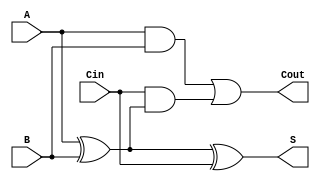
module tree_structured_full_adder (
    input wire A,      // First input bit
    input wire B,      // Second input bit
    input wire Cin,    // Carry-in bit
    output wire S,     // Sum output
    output wire Cout   // Carry-out output
);

// Intermediate signals
wire intermediate_sum1; // A  B
wire intermediate_sum2; // (A  B)  Cin
wire carry1;           // A AND B
wire carry2;           // Cin AND (A  B)

// First level of the tree
assign intermediate_sum1 = A ^ B;          // First XOR gate
assign intermediate_sum2 = intermediate_sum1 ^ Cin; // Second XOR gate for sum
assign carry1 = A & B;                      // First AND gate for carry
assign carry2 = Cin & intermediate_sum1;   // Second AND gate for carry

// Second level of the tree
assign S = intermediate_sum2;               // Final sum output
assign Cout = carry1 | carry2;              // OR gate for carry-out

endmodule